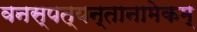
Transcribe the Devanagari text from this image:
वनस्पत्यन्तानामेकम्